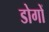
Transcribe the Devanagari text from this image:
डोगों